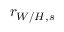
r _ { W / H , s }